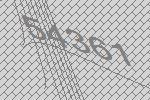
54361